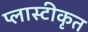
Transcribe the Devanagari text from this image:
प्लास्टीकृत